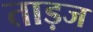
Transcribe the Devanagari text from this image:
ताड़ज